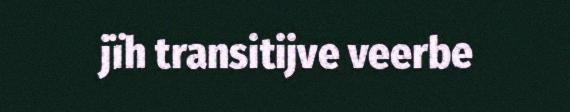
jïh transitijve veerbe